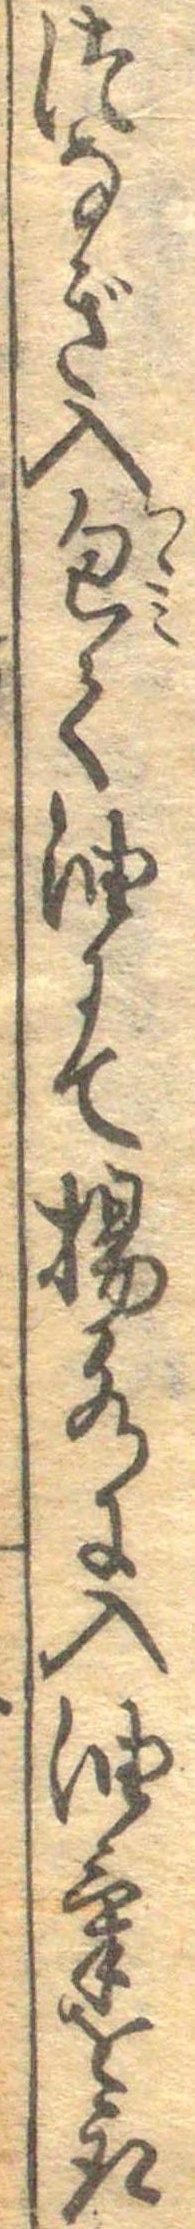
つなぎ入包て油にて揚水に入油気を取